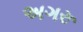
અગરૂ